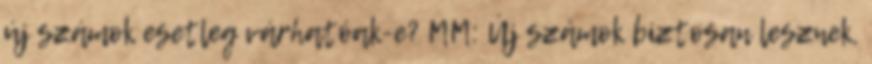
új számok esetleg várhatóak-e? MM: Új számok biztosan lesznek,